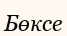
Бөксе